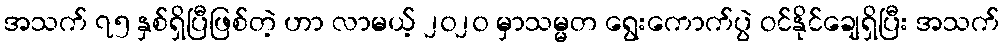
အသက် ၇၅ နှစ်ရှိပြီဖြစ်တဲ့ ဟာ လာမယ့် ၂၀၂၀ မှာသမ္မတ ရွေးကောက်ပွဲ ဝင်နိုင်ချေရှိပြီး အသက်